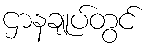
ဌာနချုပ်တွင်